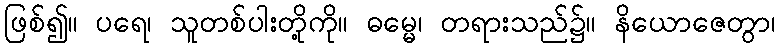
ဖြစ်၍။ ပရေ၊ သူတစ်ပါးတို့ကို။ ဓမ္မေ၊ တရားသည်၌။ နိယောဇေတွာ၊